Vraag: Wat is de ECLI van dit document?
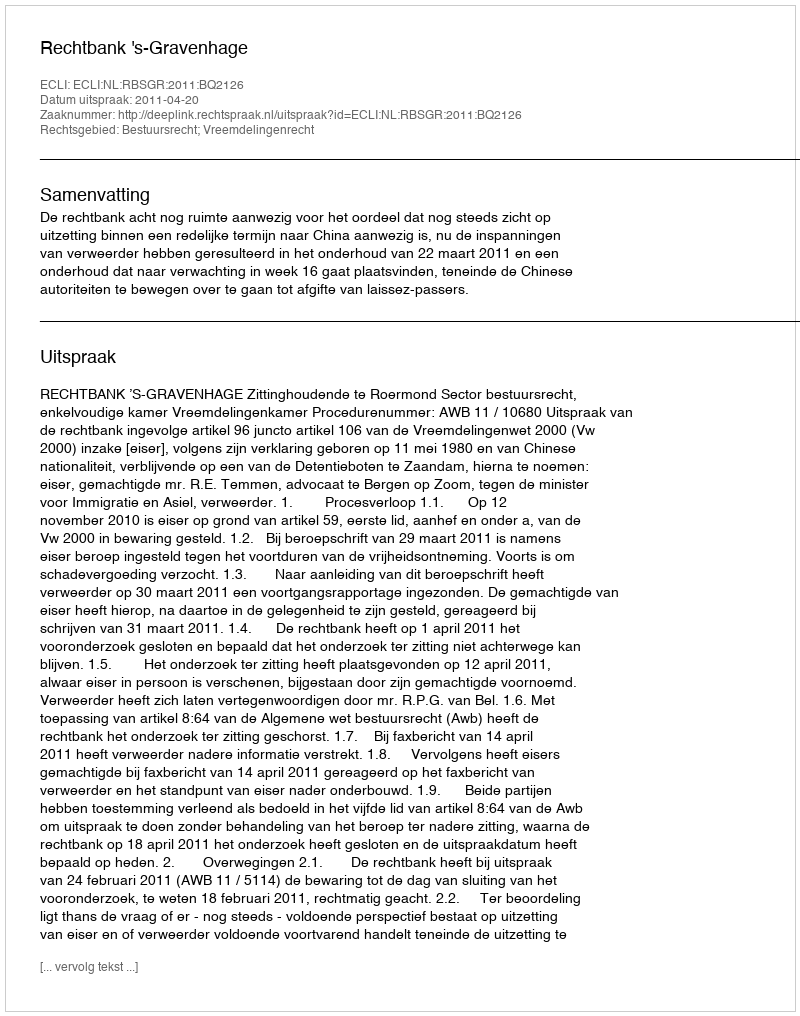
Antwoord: ECLI:NL:RBSGR:2011:BQ2126